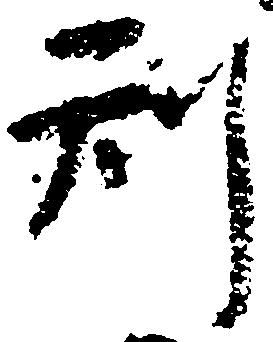
刑